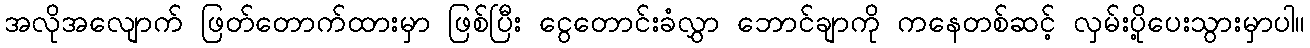
အလိုအလျောက် ဖြတ်တောက်ထားမှာ ဖြစ်ပြီး ငွေတောင်းခံလွှာ ဘောင်ချာကို ကနေတစ်ဆင့် လှမ်းပို့ပေးသွားမှာပါ။